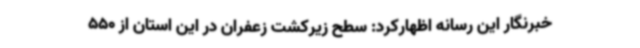
خبرنگار این رسانه اظهارکرد: سطح زیرکشت زعفران در این استان از 550